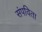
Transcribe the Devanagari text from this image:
संपविता